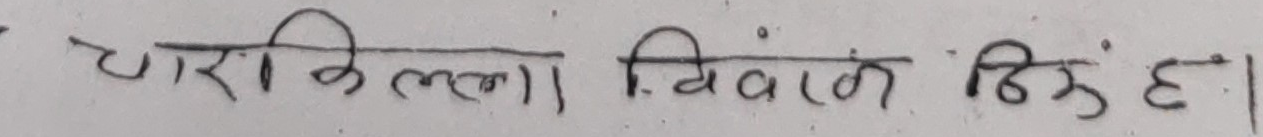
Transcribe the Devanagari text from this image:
चार किल्ला विवाद ठिक छ।